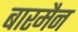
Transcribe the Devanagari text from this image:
बारमैन